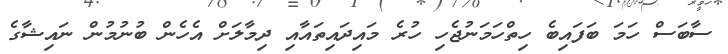
ސާބަސް ހަމަ ބަފައިބެ ހިތްހަމަނުޖެހި ހުރެ މައިދައިތައާއި ދިމާލަށް އެހެން ބުނުމުން ނައިޝާގެ